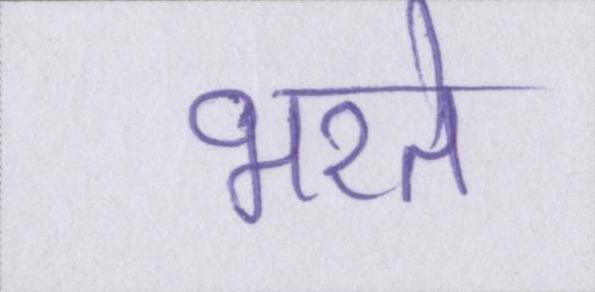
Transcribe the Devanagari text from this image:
भरते